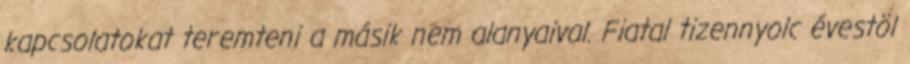
kapcsolatokat teremteni a másik nem alanyaival. Fiatal tizennyolc évestöl